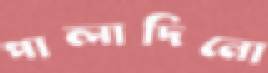
পালাদিনো